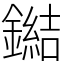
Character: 鐑